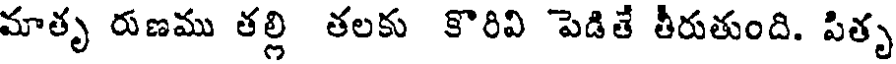
మాతృ రుణము తల్లి తలకు కొరివి పెడితే తీరుతుంది. పితృ